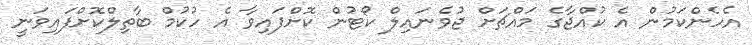
އެހެންކަމުން އެ ކުއްޖާގެ މައްޗަށް ޖުވެނައިލް ކޯޓުން ކޮށްފައިވާ އެ ހުކުމް ބާތިލްކޮށްފައިވަނީ